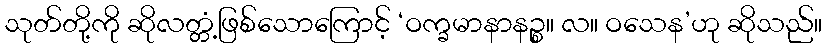
သုတ်တို့ကို ဆိုလတ္တံ့ဖြစ်သောကြောင့် ‘ဝက္ခမာနာနဉ္စ။ လ။ ဝသေန’ဟု ဆိုသည်။